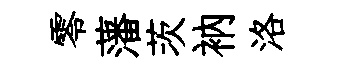
零藩茨衲洛